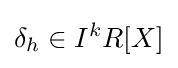
\delta _{h}\in I^{k}R[X]